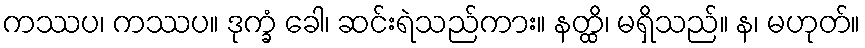
ကဿပ၊ ကဿပ။ ဒုက္ခံ ခေါ၊ ဆင်းရဲသည်ကား။ နတ္ထိ၊ မရှိသည်။ န၊ မဟုတ်။